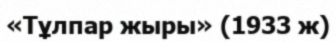
«Тұлпар жыры» (1933 ж)